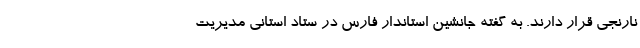
نارنجی قرار دارند. به گفته جانشین استاندار فارس در ستاد استانی مدیریت